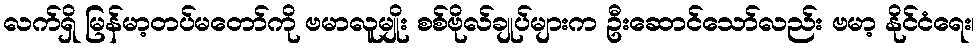
လက်ရှိ မြန်မာ့တပ်မတော်ကို ဗမာလူမျိုး စစ်ဗိုလ်ချုပ်များက ဦးဆောင်သော်လည်း ဗမာ့ နိုင်ငံရေး၊